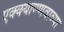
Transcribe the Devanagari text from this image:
एक्क्याण्णवाव्या